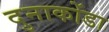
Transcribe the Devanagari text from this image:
दुनाकोंडा